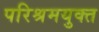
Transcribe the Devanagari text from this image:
परिश्रमयुक्त